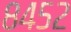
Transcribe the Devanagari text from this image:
८४५२